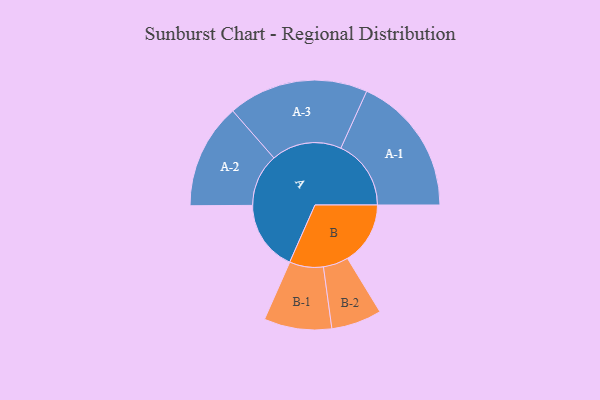
{"axis": {"x": "Segment", "y": "Value"}, "legend": ["", "A", "B"], "data": [{"x": "A", "y": 285, "type": ""}, {"x": "B", "y": 254, "type": ""}, {"x": "A-1", "y": 284, "type": "A"}, {"x": "A-2", "y": 213, "type": "A"}, {"x": "A-3", "y": 284, "type": "A"}, {"x": "B-1", "y": 137, "type": "B"}, {"x": "B-2", "y": 102, "type": "B"}]}